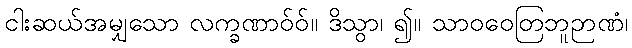
ငါးဆယ်အမျှသော လက္ခဏာဝ်ဝ်။ ဒိသွာ၊ ၍။ သာဝဝေတြဘူဉာဏံ၊